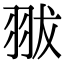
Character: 𦐗